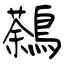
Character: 鷋